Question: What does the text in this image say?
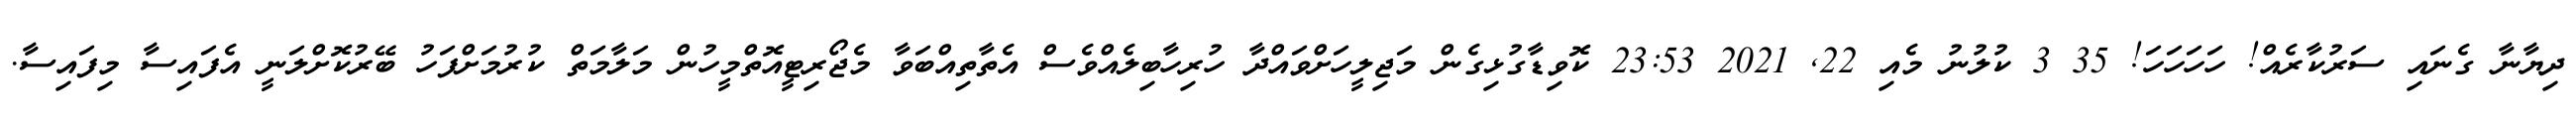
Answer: ދިޔާނާ ގެނައި ސަރުކާރެއް! ހަހަހަހަ! 35 3 ކުލުނު މެއި 22, 2021 23:53 ކޮވިޑާގުޅިގެން މަޖިލީހަށްވައްދާ ހުރިހާބިލެއްވެސް އެތާތިއްބަވާ މެޖޯރިޓީއޮތްމީހުން މަލާމަތް ކުރުމަށްފަހު ބޭރުކޮށްލަނީ އެފައިސާ މިފައިސާ.